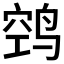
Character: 𱊊